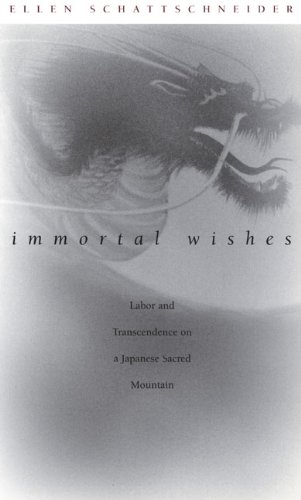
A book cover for Immortal Wishes: Labor and Transcendence on a Japanese Sacred Mountain; Ellen Schattschneider; Religion & Spirituality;